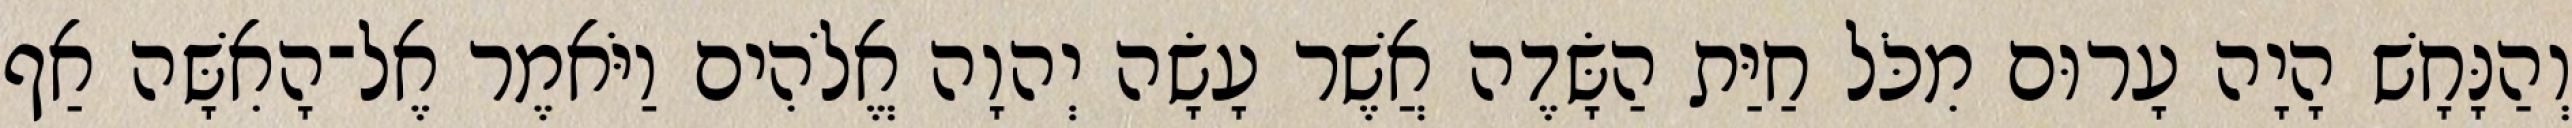
וְהַנָּחָשׁ הָיָה עָרוּם מִכֹּל חַיַּת הַשָּׂדֶה אֲשֶׁר עָשָׂה יְהוָה אֱלֹהִים וַיֹּאמֶר אֶל־הָאִשָּׁה אַף